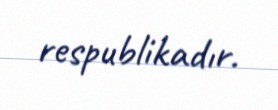
respublikadır.